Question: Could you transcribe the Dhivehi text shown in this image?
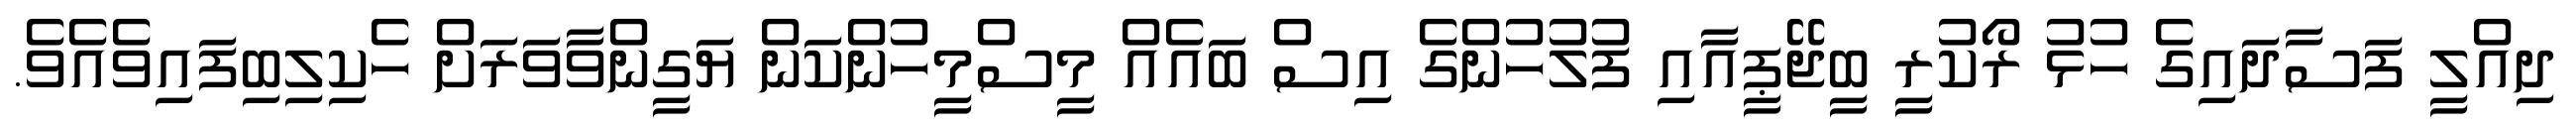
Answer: ދިއްލީ ފަސާދައިގެ ހުޅު ރޯކުރީ ބީޖޭޕީއާއި ފުލުހުންގެ އިސް ބައެއް މީސްމީހުންކަން ޔަގީންވާވަރަށް ހެކިލިބިފައިވެއެވެ.